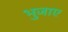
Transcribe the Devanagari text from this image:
भुजाए